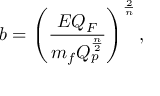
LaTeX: b = \left( { \frac { E Q _ { F } } { m _ { f } Q _ { p } ^ { \frac { n } { 2 } } } } \right) ^ { \frac { 2 } { n } } ,